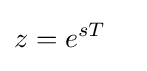
{\begin{aligned}z&=e^{sT}\end{aligned}}